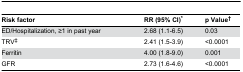
| Risk factor | RR (95% CI)* | p Value† |
 | --- | --- | --- |
 | ED/Hospitalization, ≥1 in past year | 2.68 (1.1-6.5) | 0.03 |
 | TRV‡ | 2.41 (1.5-3.9) | <0.0001 |
 | Ferritin | 4.00 (1.8-9.0) | 0.001 |
 | GFR | 2.73 (1.6-4.6) | <0.0001 |